Lunatic asylums Central Provinces reports 1895-1909 - 1895-1909
Year: 1895
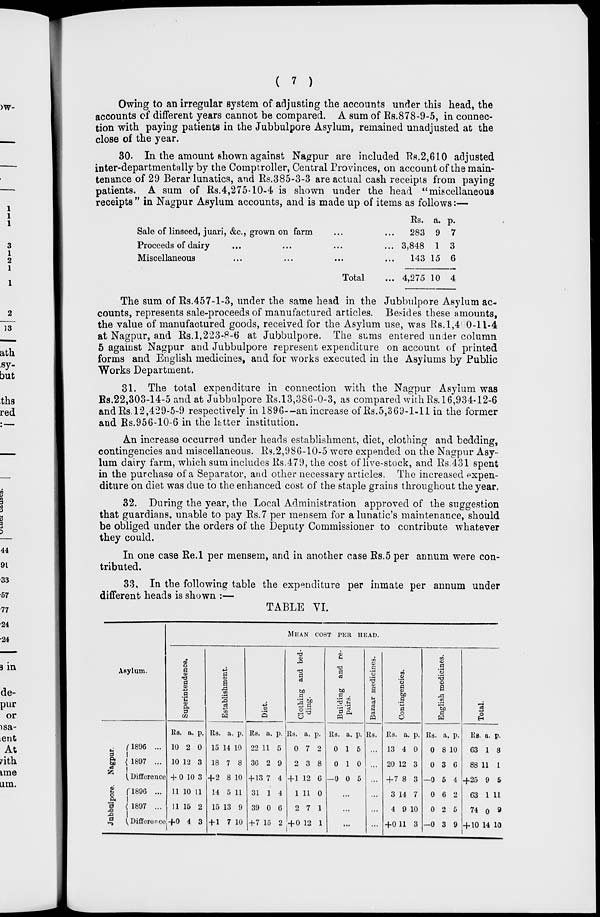
( 7 )
Owing to an irregular system of adjusting the accounts under this head, the
accounts of different years cannot be compared. A sum of Rs.878-9-5, in connec-
tion with paying patients in the Jubbulpore Asylum, remained unadjusted at the
close of the year.
30. In the amount shown against Nagpur are included Rs.2,610 adjusted
inter-departmentally by the Comptroller, Central Provinces, on account of the main-
tenance of 29 Berar lunatics, and Rs.385-3-3 are actual cash receipts from paying
patients. A sum of Rs.4,275-10-4 is shown under the head "miscellaneous
receipts " in Nagpur Asylum accounts, and is made up of items as follows:—
Sale of linseed, juari, &c., grown on farm ... ...
Proceeds of dairy ... ... ... ...
Miscellaneous ... ... ... ...
Total ...
Rs.
283
3,848
143
4,275
a.
9
1
15
10
p.
7
3
6
4
The sum of Rs.457-1-3, under the same head in the Jubbulpore Asylum ac-
counts, represents sale-proceeds of manufactured articles. Besides these amounts,
the value of manufactured goods, received for the Asylum use, was Rs.1,4 0-11-4
at Nagpur, and Rs.l,223-8-6 at Jubbulpore. The sums entered under column
5 against Nagpur and Jubbulpore represent expenditure on account of printed
forms and English medicines, and for works executed in the Asylums by Public
Works Department.
31. The total expenditure in connection with the Nagpur Asylum was
Rs.22,303-14-5 and at Jubbulpore Rs.13,386-0-3, as compared with Rs. 16,934-12-6
and Rs. 12,429-5-9 respectively in 1896—an increase of Rs.5,369-1-11 in the former
and Rs.956-10-6 in the latter institution.
An increase occurred under heads establishment, diet, clothing and bedding,
contingencies and miscellaneous. Rs.2,986-10-5 were expended on the Nagpur Asy-
lum dairy farm, which sum includes Rs.479, the cost of live-stock, and Rs.431 spent
in the purchase of a Separator, and other necessary articles. The increased expen-
diture on diet was due to the enhanced cost of the staple grains throughout the year.
32. During the year, the Local Administration approved of the suggestion
that guardians, unable to pay Rs.7 per mensem for a lunatic's maintenance, should
be obliged under the orders of the Deputy Commissioner to contribute whatever
they could.
In one case Re.l per mensem, and in another case Rs.5 per annum were con-
tributed.
33. In the following table the expenditure per inmate per annum under
different heads is shown :—
TABLE VI.
Asylum.
Nagpur.
Jabbulpore.
1896 ...
1897 ...
Difference
1896
...
1897 ...
Difference
MEAN COST PER HEAD.
Superintendence.
Rs.
10
10
+ 0
11
11
+0
a.
2
12
10
10
15
4
p.
0
3
3
11
2
3
Establishment.
Rs.
15
18
+ 2
14
15
+ 1
a.
14
7
8
5
13
7
p.
10
8
10
11
9
10
Diet.
Rs.
22
36
+ 13
31
39
+7
a.
11
2
7
1
0
15
p.
5
9
4
4
6
2
Clothing and bed-
ding.
Rs.
0
2
+1
1
2
+0
a.
7
3
12
11
7
12
p.
2
8
6
0
1
1
Building and re-
pairs.
Rs.
0
0
-0
a.
1
1
0
p.
5
0
5
...
...
...
Bazaar medicines.
Rs.
...
...
...
...
...
...
Contingencies.
Rs.
13
20
+ 7
3
4
+0
a.
4
12
8
14
9
11
p.
0
3
3
7
10
3
English medicines.
Rs.
0
0
—0
0
0
—0
a.
8
3
5
6
2
3
p.
10
6
4
2
5
9
Total.
Rs
63
88
+25
63
74
+10
a.
1
11
9
1
0
14
p.
8
1
5
11
9
10